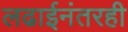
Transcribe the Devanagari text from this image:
लढाईनंतरही